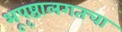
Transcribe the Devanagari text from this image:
भूपृष्ठालगतचा